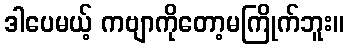
ဒါပေမယ့် ကဗျာကိုတော့မကြိုက်ဘူး။